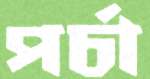
পর্চা